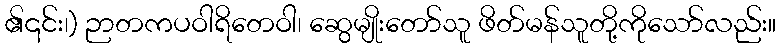
၏၎င်း၊) ဉာတကပဝါရိတေဝါ၊ ဆွေမျိုးတော်သူ ဖိတ်မန်သူတို့ကိုသော်လည်း။